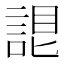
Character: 𧨛